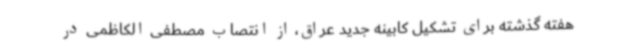
هفته گذشته برای تشکیل کابینه جدید عراق، از انتصاب مصطفی الکاظمی در